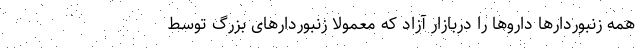
همه زنبوردارها داروها را دربازار آزاد که معمولا زنبوردارهای بزرگ توسط